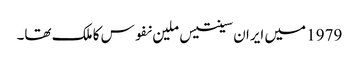
1979 میں ایران سینتیس ملین نفوس کا ملک تھا۔